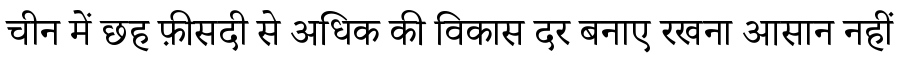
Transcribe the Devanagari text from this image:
चीन में छह फ़ीसदी से अधिक की विकास दर बनाए रखना आसान नहीं